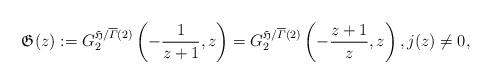
LaTeX: \begin{align*}\mathfrak G(z):=G_2^{\mathfrak H/\overline{\varGamma}(2)}\left(-\frac{1}{z+1},z\right)=G_2^{\mathfrak H/\overline{\varGamma}(2)}\left(-\frac{z+1}{z},z\right),j(z)\neq0,\end{align*}